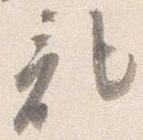
記